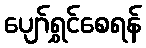
ပျော်ရွှင်စေရန်